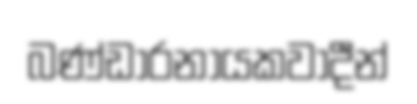
බණ්ඩාරනායකවාදීන්